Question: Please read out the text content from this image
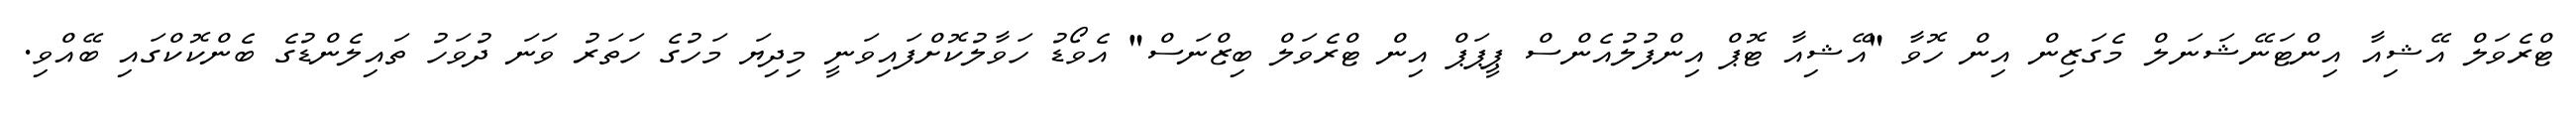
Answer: ޓްރެވަލް އޭޝިއާ އިންޓަނޭޝަނަލް މެގަޒިން އިން ހޮވާ "އޭޝިއާ ޓޮޕް އިންފުލުއެންސް ޕީޕަޕް އިން ޓްރެވަލް ބިޒްނަސް" އެވޯޑު ހަވާލުކޮށްފައިވަނީ މިދިޔަ މަހުގެ ހަތަރު ވަނަ ދުވަހު ތައިލެންޑުގެ ބެންކޮކްގައި ބޭއްވި.